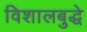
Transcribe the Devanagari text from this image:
विशालबुद्धे